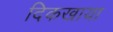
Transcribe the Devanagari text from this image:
दिकखाया